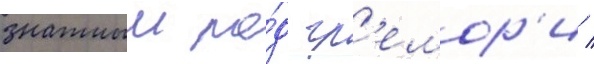
знатныи ро́д гр'емор'и /